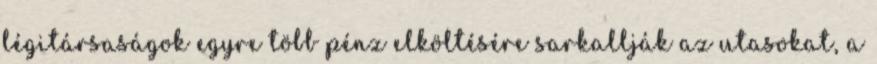
légitársaságok egyre több pénz elköltésére sarkallják az utasokat, a